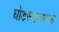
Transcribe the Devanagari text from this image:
घोडसगावमध्ये